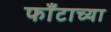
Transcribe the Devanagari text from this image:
फाँटाच्या